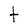
Character: t